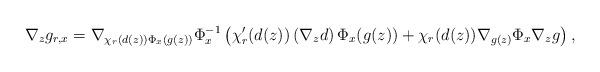
LaTeX: \begin{align*} \nabla_z g_{r, x}&=\nabla_{\chi_r(d(z))\Phi_x(g(z))}\Phi_x^{-1} \left(\chi_r'(d(z))\left(\nabla_z d\right) \Phi_x(g(z))+\chi_r(d(z))\nabla_{g(z)}\Phi_x \nabla_z g\right), \end{align*}